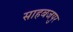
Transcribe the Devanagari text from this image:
साहबजपुर